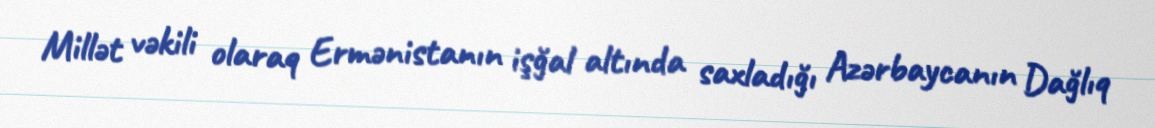
Millət vəkili olaraq Ermənistanın işğal altında saxladığı Azərbaycanın Dağlıq